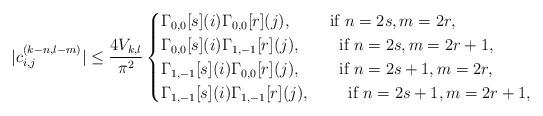
LaTeX: \begin{align*}|c_{i,j}^{(k-n,l-m)}| \leq \dfrac{4V_{k,l}}{\pi^2}\begin{cases}\Gamma_{0,0}[s](i)\Gamma_{0,0}[r](j), ~~~~~~~\mbox{if }n=2s, m=2r,\\\Gamma_{0,0}[s](i)\Gamma_{1,-1}[r](j), ~~~~~~~\mbox{if }n=2s, m=2r+1,\\\Gamma_{1,-1}[s](i)\Gamma_{0,0}[r](j), ~~~~~~~\mbox{if }n=2s+1, m=2r,\\\Gamma_{1,-1}[s](i)\Gamma_{1,-1}[r](j), ~~~~~~~\mbox{if }n=2s+1, m=2r+1,\end{cases}\end{align*}